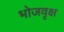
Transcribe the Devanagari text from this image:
भोजवृक्ष